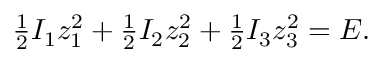
\begin{array} { r } { \frac 1 2 I _ { 1 } z _ { 1 } ^ { 2 } + \frac 1 2 I _ { 2 } z _ { 2 } ^ { 2 } + \frac 1 2 I _ { 3 } z _ { 3 } ^ { 2 } = E . } \end{array}